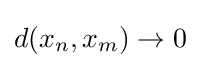
d(x_{n},x_{m})\to 0